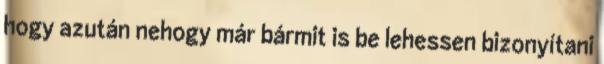
hogy azután nehogy már bármit is be lehessen bizonyítani